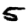
Digit: 5